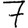
Digit: 7